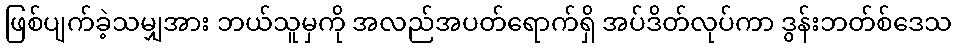
ဖြစ်ပျက်ခဲ့သမျှအား ဘယ်သူမှကို အလည်အပတ်ရောက်ရှိ အပ်ဒိတ်လုပ်ကာ ဒွန်းဘတ်စ်ဒေသ